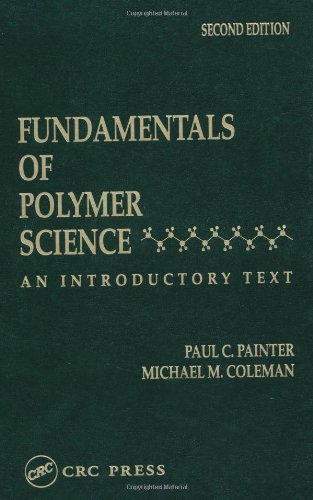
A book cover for Fundamentals of Polymer Science: An Introductory Text, Second Edition; Michael M. Coleman; Crafts, Hobbies & Home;